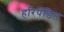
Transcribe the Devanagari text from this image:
हरिपंडित